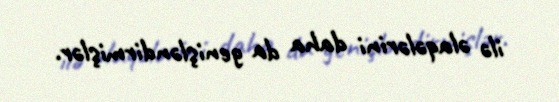
ilə əlaqələrini daha da genişləndirmişlər.